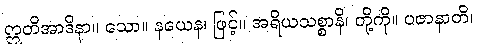
ဣတိအာဒိနာ။ သော။ နယေန၊ ဖြင့်။ အရိယသစ္စာနိ၊ တို့ကို။ ပဇာနာတိ၊